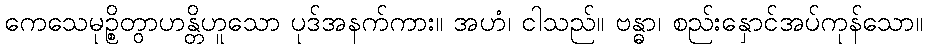
ကေသေမုဉ္စိတွာဟန္တိဟူသော ပုဒ်အနက်ကား။ အဟံ၊ ငါသည်။ ဗန္ဓာ၊ စည်းနှောင်အပ်ကုန်သော။